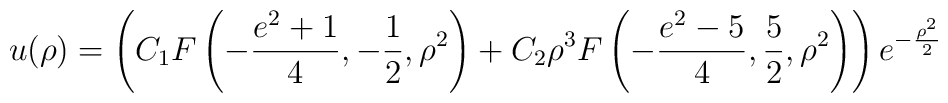
u(\rho)=\left(C_1F\left(-\frac{e^2+1}{4},-\frac{1}{2},\rho^2\right)  +C_2\rho^3F\left(-\frac{e^2-5}{4},\frac{5}{2},\rho^2\right)\right)e^{-\frac{\rho^2}{2}}